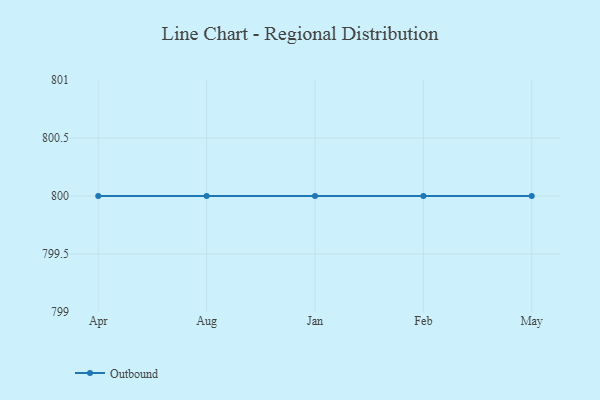
{"axis": {"x": "Month", "y": "Page Views"}, "legend": ["Outbound"], "data": [{"x": "Apr", "y": 800, "type": "Outbound"}, {"x": "Aug", "y": 800, "type": "Outbound"}, {"x": "Jan", "y": 800, "type": "Outbound"}, {"x": "Feb", "y": 800, "type": "Outbound"}, {"x": "May", "y": 800, "type": "Outbound"}]}